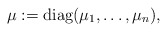
\begin{align*} \mu:=\mathrm{diag}(\mu_1,\dots,\mu_n),\end{align*}